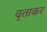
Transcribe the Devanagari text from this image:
वृताकर